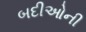
બદીઓની